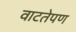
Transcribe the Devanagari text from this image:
वाटतेपण